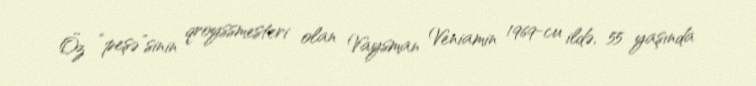
Öz “peşə”sinin qroyssmesteri olan Vaysman Veniamin 1969-cu ildə, 55 yaşında